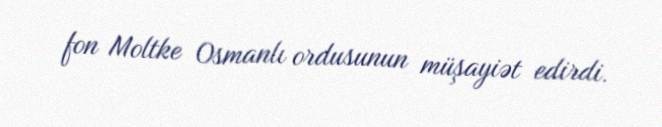
fon Moltke Osmanlı ordusunun müşayiət edirdi.